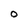
Character: O